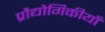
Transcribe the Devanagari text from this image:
प्रौद्योगिकीयाँ